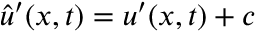
\hat { u } ^ { \prime } ( x , t ) = u ^ { \prime } ( x , t ) + c